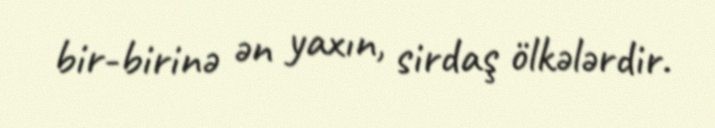
bir-birinə ən yaxın, sirdaş ölkələrdir.